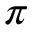
\pi